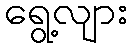
ရွေ့လျား